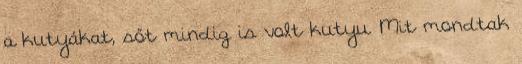
a kutyákat, sőt mindig is volt kutyu. Mit mondtak